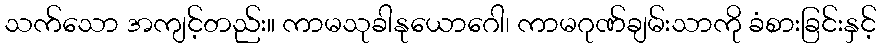
သက်သော အကျင့်တည်း။ ကာမသုခါနုယောဂေါ၊ ကာမဂုဏ်ချမ်းသာကို ခံစားခြင်းနှင့်